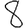
Digit: 8